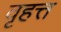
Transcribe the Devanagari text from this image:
वृहत्त